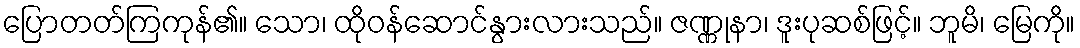
ပြောတတ်ကြကုန်၏။ သော၊ ထိုဝန်ဆောင်နွားလားသည်။ ဇဏ္ဏုနာ၊ ဒူးပုဆစ်ဖြင့်။ ဘူမိ၊ မြေကို။